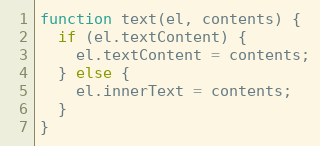
Language: JavaScript
function text(el, contents) {
  if (el.textContent) {
    el.textContent = contents;
  } else {
    el.innerText = contents;
  }
}